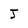
Character: J